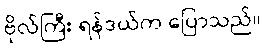
ဗိုလ်ကြီး ရန်ဒယ်က ပြောသည်။